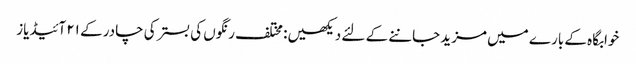
خوابگاہ کے بارے میں مزید جاننے کے لئے دیکھیں: مختلف رنگوں کی بستر کی چادر کے ۲۱ آئیڈیاز